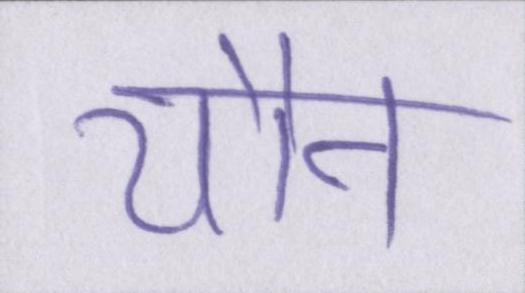
यौन